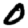
Digit: 0